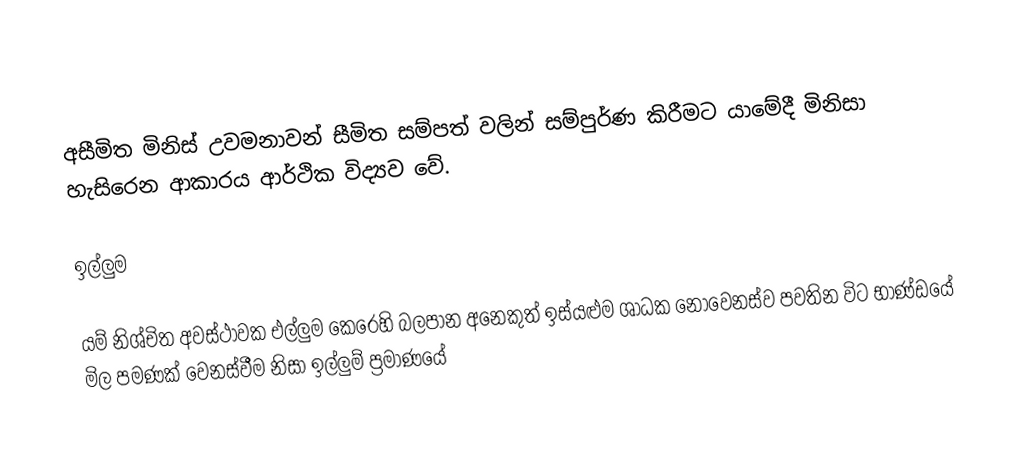

අසීමිත මිනිස් උවමනාවන් සීමිත සම්පත් වලින්  සම්පුර්ණ කිරීමට යාමේදී මිනිසා හැසිරෙන ආකාරය ආර්ථික විද්‍යව වේ.

ඉල්ලුම

යම් නිශ්චිත අවස්ථාවක එල්ලුම කෙරෙහි බලපාන අනෙකුත් ඉස්යළුම ශාධක නොවෙනස්ව පවතින විට භාණ්ඩයේ මිල පමණක් වෙනස්වීම නිසා ඉල්ලුම් ප්‍රමාණයේ